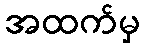
အထက်မှ